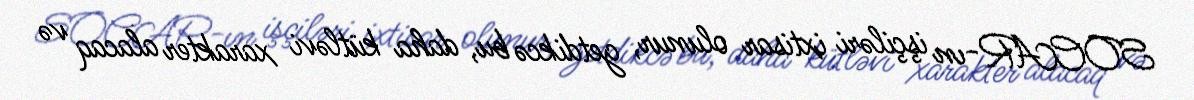
SOCAR-ın işçiləri ixtisar olunur, getdikcə bu, daha kütləvi xarakter alacaq və